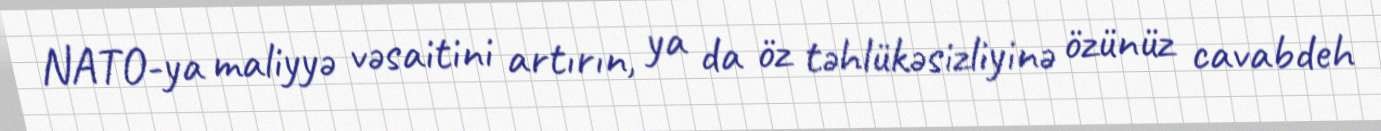
NATO-ya maliyyə vəsaitini artırın, ya da öz təhlükəsizliyinə özünüz cavabdeh